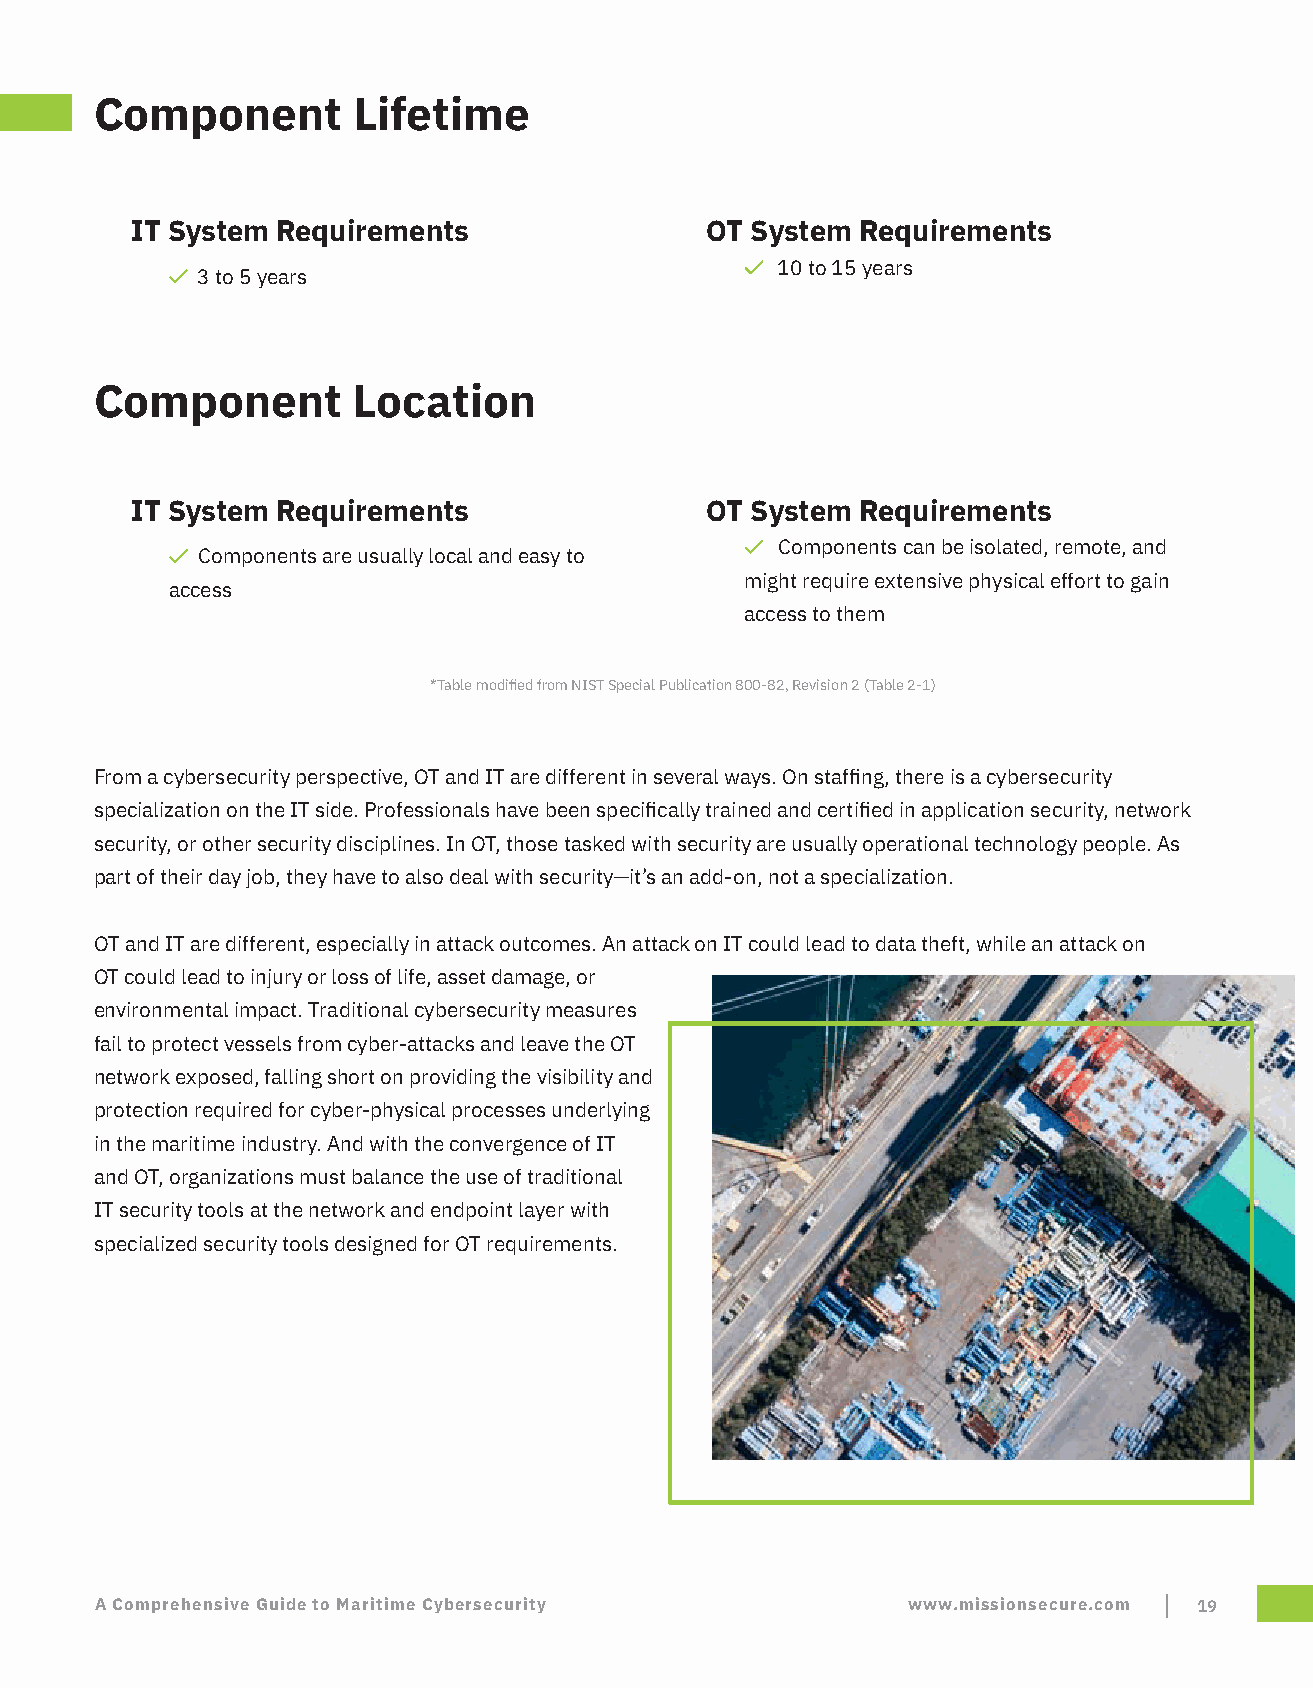
Component        Lifetime
 IT System Requirements                OT System Requirements
 10 to 15 years
 3 to 5 years
 Component        Location
 IT System Requirements                OT System Requirements
 Components can be isolated, remote, and
 Components are usually local and easy to
 might require extensive physical effort to gain
 access
 access to them
 *Table modified from NIST Special Publication 800-82, Revision 2 (Table 2-1)
 From a cybersecurity perspective, OT and IT are different in several ways. On staffing, there is a cybersecurity
 specialization on the IT side. Professionals have been specifically trained and certified in application security, network
 security, or other security disciplines. In OT, those tasked with security are usually operational technology people. As
 part of their day job, they have to also deal with security—it’s an add-on, not a specialization.
 OT and IT are different, especially in attack outcomes. An attack on IT could lead to data theft, while an attack on
 OT could lead to injury or loss of life, asset damage, or
 environmental impact. Traditional cybersecurity measures
 fail to protect vessels from cyber-attacks and leave the OT
 network exposed, falling short on providing the visibility and
 protection required for cyber-physical processes underlying
 in the maritime industry. And with the convergence of IT
 and OT, organizations must balance the use of traditional
 IT security tools at the network and endpoint layer with
 specialized security tools designed for OT requirements.
 A Comprehensive Guide to Maritime Cybersecurity       www.missionsecure.com 19